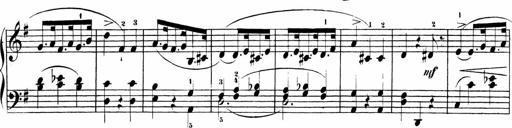
Title: Sonatinas
Composer: Andrew Violette